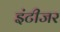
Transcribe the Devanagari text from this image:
इंटीजर